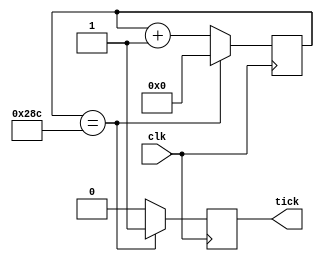
`timescale 1ns / 1ps

module mod_m_counter ( 
	input clk, 
	output reg tick
	);

	reg [9:0] contador = 10'b0000000000;

/*
 *	clock 100Mhz
 *	baud rate 19200
 *	
 *	Para obtener contador: vel_clock(Hz) /( baud_rate(b/s) * 16ticks )
 *
 *	contador = 325
 */

	always @ ( posedge clk )
		begin
			if ( contador == 652 )
				begin
					tick = 1;
					contador = 0;
				end
			else
				begin
					contador = contador + 1'b1;
					tick = 0;
				end
		end

endmodule